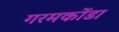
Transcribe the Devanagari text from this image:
गरमकोंडा